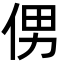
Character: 侽